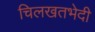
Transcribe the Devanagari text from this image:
चिलखतभेदी